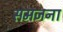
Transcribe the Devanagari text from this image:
समजना